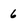
Character: 6